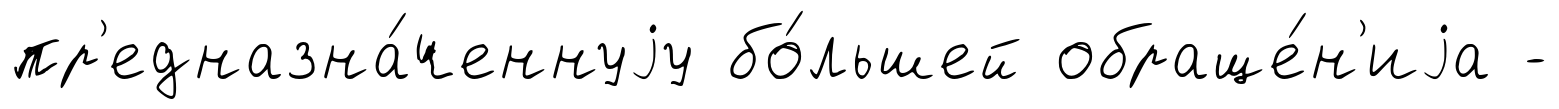
пр'едназна́ченнуjу бо́льшей обраще́н'иjа -